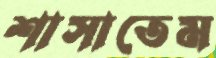
শাসাতেম